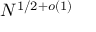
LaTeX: N ^ { 1 / 2 + o ( 1 ) }